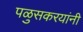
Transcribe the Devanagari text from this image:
पळुसकरयांनी